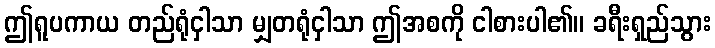
ဤရူပကာယ တည်ရုံငှါသာ မျှတရုံငှါသာ ဤအစကို ငါစားပါ၏။ ခရီးရှည်သွား